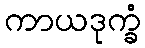
ကာယဒုက္ခံ